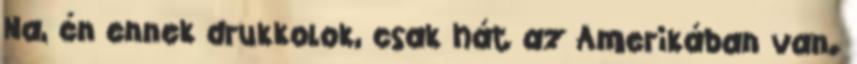
Na, én ennek drukkolok, csak hát az Amerikában van.